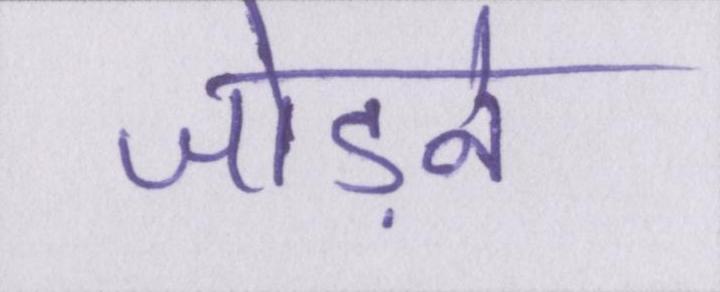
जोड़ने